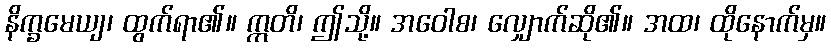
နိက္ခမေယျ၊ ထွက်ရာ၏။ ဣတိ၊ ဤသို့။ အဝေါစ၊ လျှောက်ဆို၏။ အထ၊ ထိုနောက်မှ။